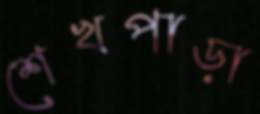
শেখপাড়া